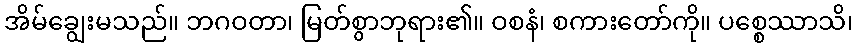
အိမ်ချွေးမသည်။ ဘဂဝတာ၊ မြတ်စွာဘုရား၏။ ဝစနံ၊ စကားတော်ကို။ ပစ္စေဿာသိ၊